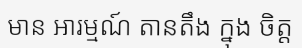
មាន អារម្មណ៍ តានតឹង ក្នុង ចិត្ត